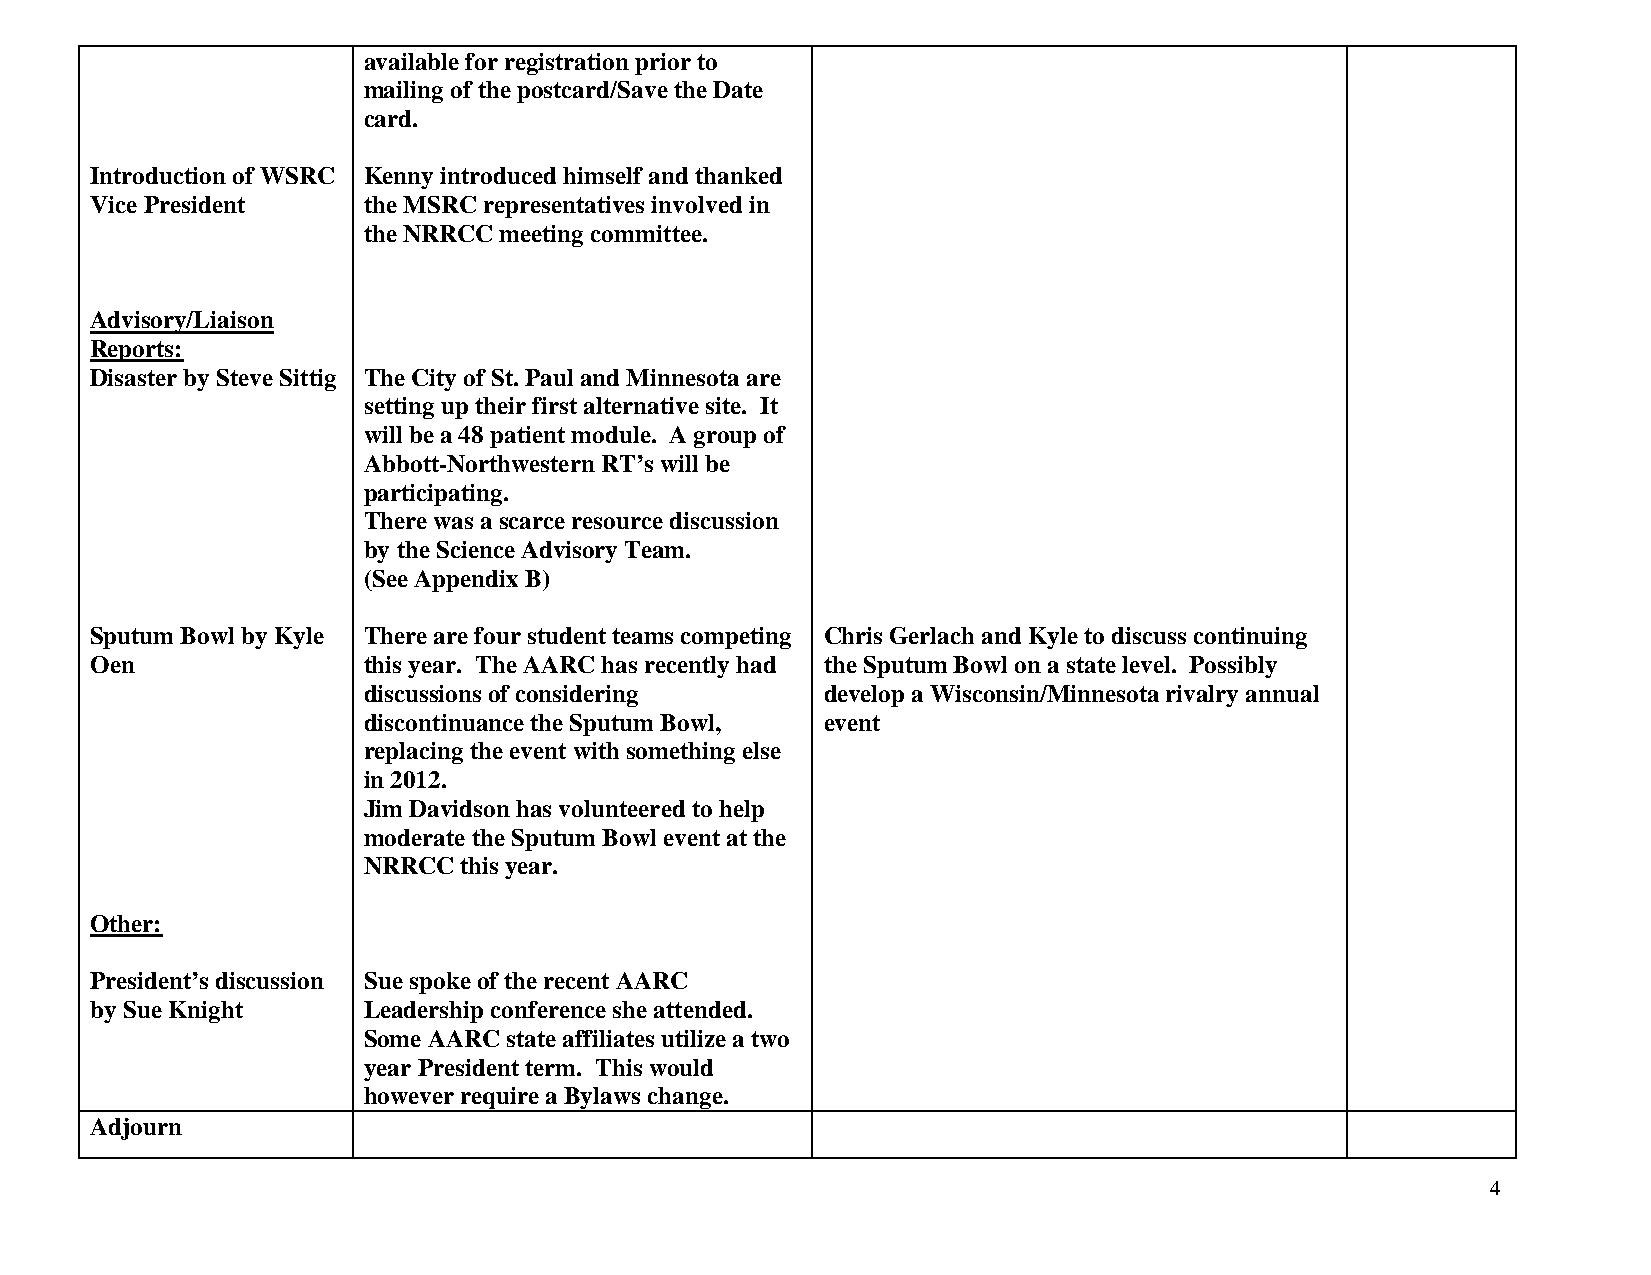
available for registration prior to
 mailing of the postcard/Save the Date
 card.
 Introduction of WSRC Kenny introduced himself and thanked
 Vice President    the MSRC representatives involved in
 the NRRCC meeting committee.
 Advisory/Liaison
 Reports:
 Disaster by Steve Sittig The City of St. Paul and Minnesota are
 setting up their first alternative site. It
 will be a 48 patient module. A group of
 Abbott-Northwestern RT’s will be
 participating.
 There was a scarce resource discussion
 by the Science Advisory Team.
 (See Appendix B)
 Sputum Bowl by Kyle There are four student teams competing Chris Gerlach and Kyle to discuss continuing
 Oen               this year. The AARC has recently had the Sputum Bowl on a state level. Possibly
 discussions of considering     develop a Wisconsin/Minnesota rivalry annual
 discontinuance the Sputum Bowl, event
 replacing the event with something else
 in 2012.
 Jim Davidson has volunteered to help
 moderate the Sputum Bowl event at the
 NRRCC this year.
 Other:
 President’s discussion Sue spoke of the recent AARC
 by Sue Knight     Leadership conference she attended.
 Some AARC state affiliates utilize a two
 year President term. This would
 however require a Bylaws change.
 Adjourn
 4